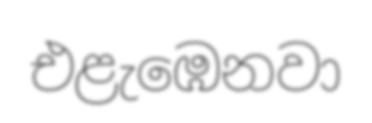
එළැඹෙනවා